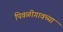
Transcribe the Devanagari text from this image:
पिवळीगावच्या